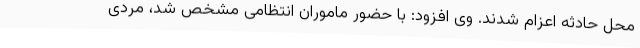
محل حادثه اعزام شدند. وی افزود: با حضور ماموران انتظامی مشخص شد، مردی